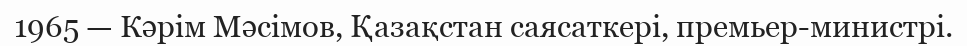
1965 — Кәрім Мәсімов, Қазақстан саясаткері, премьер-министрі.